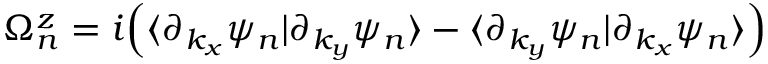
\Omega _ { n } ^ { z } = i \Big ( \langle \partial _ { k _ { x } } \psi _ { n } | \partial _ { k _ { y } } \psi _ { n } \rangle - \langle \partial _ { k _ { y } } \psi _ { n } | \partial _ { k _ { x } } \psi _ { n } \rangle \Big )